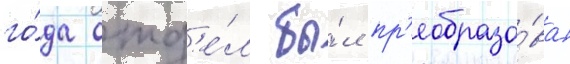
го́да отд'е́л бы́л пр'еобразо́ван